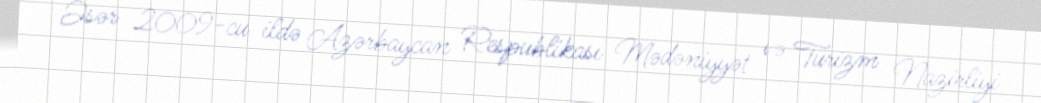
Əsər 2009-cu ildə Azərbaycan Respublikası Mədəniyyət və Turizm Nazirliyi